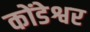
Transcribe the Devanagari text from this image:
कोंडेश्वर